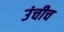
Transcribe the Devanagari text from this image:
उंचीच